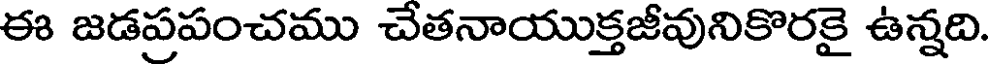
ఈ జడప్రపంచము చేతనాయుక్తజీవునికొరకై ఉన్నది.